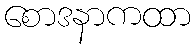
စောဒနာကထာ